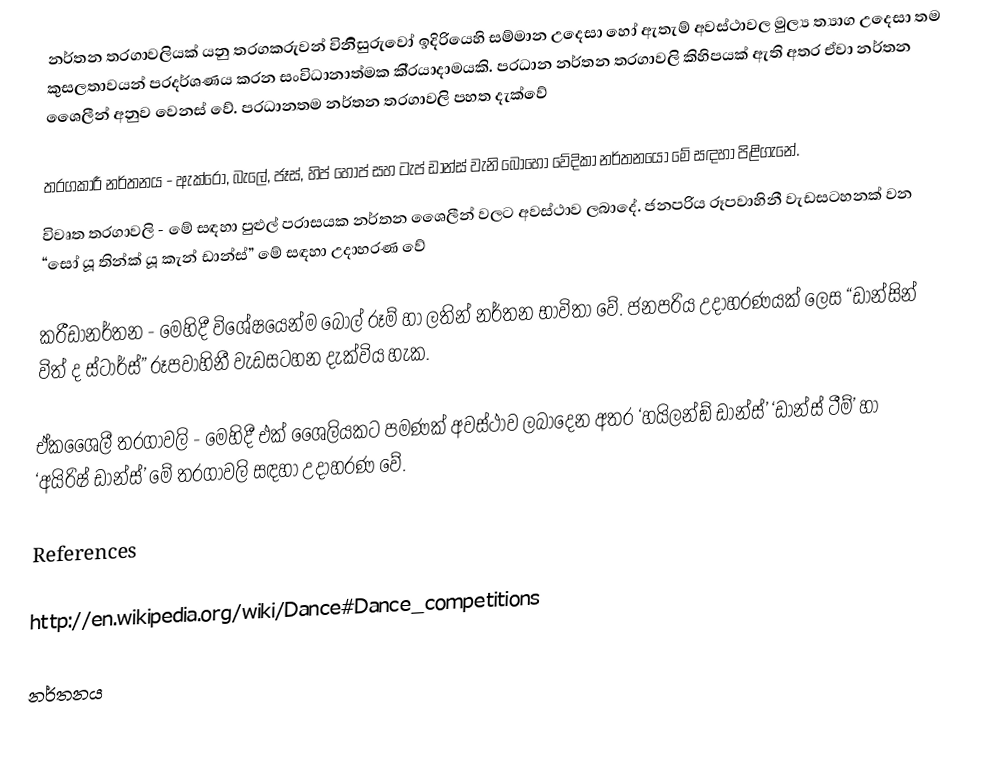
නර්තන තරගාවලියක් යනු තරගකරුවන් විනිිසුරුවෝ ඉදිරියෙහි සම්මාන උදෙසා හෝ ඇතැම් අවස්ථාවල මුල්‍ය ත්‍යාග උදෙසා තම කුසලතාවයන් ප‍්‍රදර්ශණය කරන සංවිධානාත්මක කි‍්‍රයාදාමයකි. ප‍්‍රධාන නර්තන තරගාවලි කිහිපයක් ඇති අතර ඒවා නර්තන ශෛලීන් අනුව වෙනස් වේ. ප‍්‍රධානතම නර්තන තරගාවලි පහත දැක්වේ

තරගකාරී නර්තනය - ඇක්රෝ, බැලේ, ජෑස්, හිප් හොප් සහ ටැප් ඩාන්ස් වැනි බොහෝ වේදිකා නර්තනයෝ මේ සඳහා පිළිගැනේ.
විවෘත තරගාවලි - මේ සඳහා පුළුල් පරාසයක නර්තන ශෛලීන් වලට අවස්ථාව ලබාදේ. ජනප‍්‍රිය රූපවාහිනී වැඩසටහනක් වන “සෝ යූ තින්ක් යූ කැන් ඩාන්ස්” මේ සඳහා උදාහරණ වේ

ක‍්‍රීඩානර්තන - මෙහිදී විශේෂයෙන්ම බෝල් රූම් හා ලතින් නර්තන භාවිතා වේ. ජනප‍්‍රිය උදාහරණයක් ලෙස “ඩාන්සින් විත් ද ස්ටාර්ස්” රූපවාහිනී වැඩසටහන දැක්විය හැක.

ඒකශෛලී තරගාවලි - මෙහිදී එක් ශෛලියකට පමණක් අවස්ථාව ලබාදෙන අතර ‘හයිලන්ඞ් ඩාන්ස්’ ‘ඩාන්ස් ටීම්’ හා ‘අයිරිෂ් ඩාන්ස්’ මේ තරගාවලි සඳහා උදාහරණ වේ.

References

http://en.wikipedia.org/wiki/Dance#Dance_competitions

නර්තනය